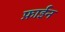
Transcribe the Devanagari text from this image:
फ़ाईन